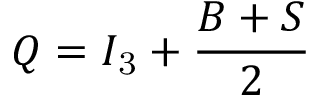
Q = I _ { \mathrm { 3 } } + { \frac { B + S } { 2 } }